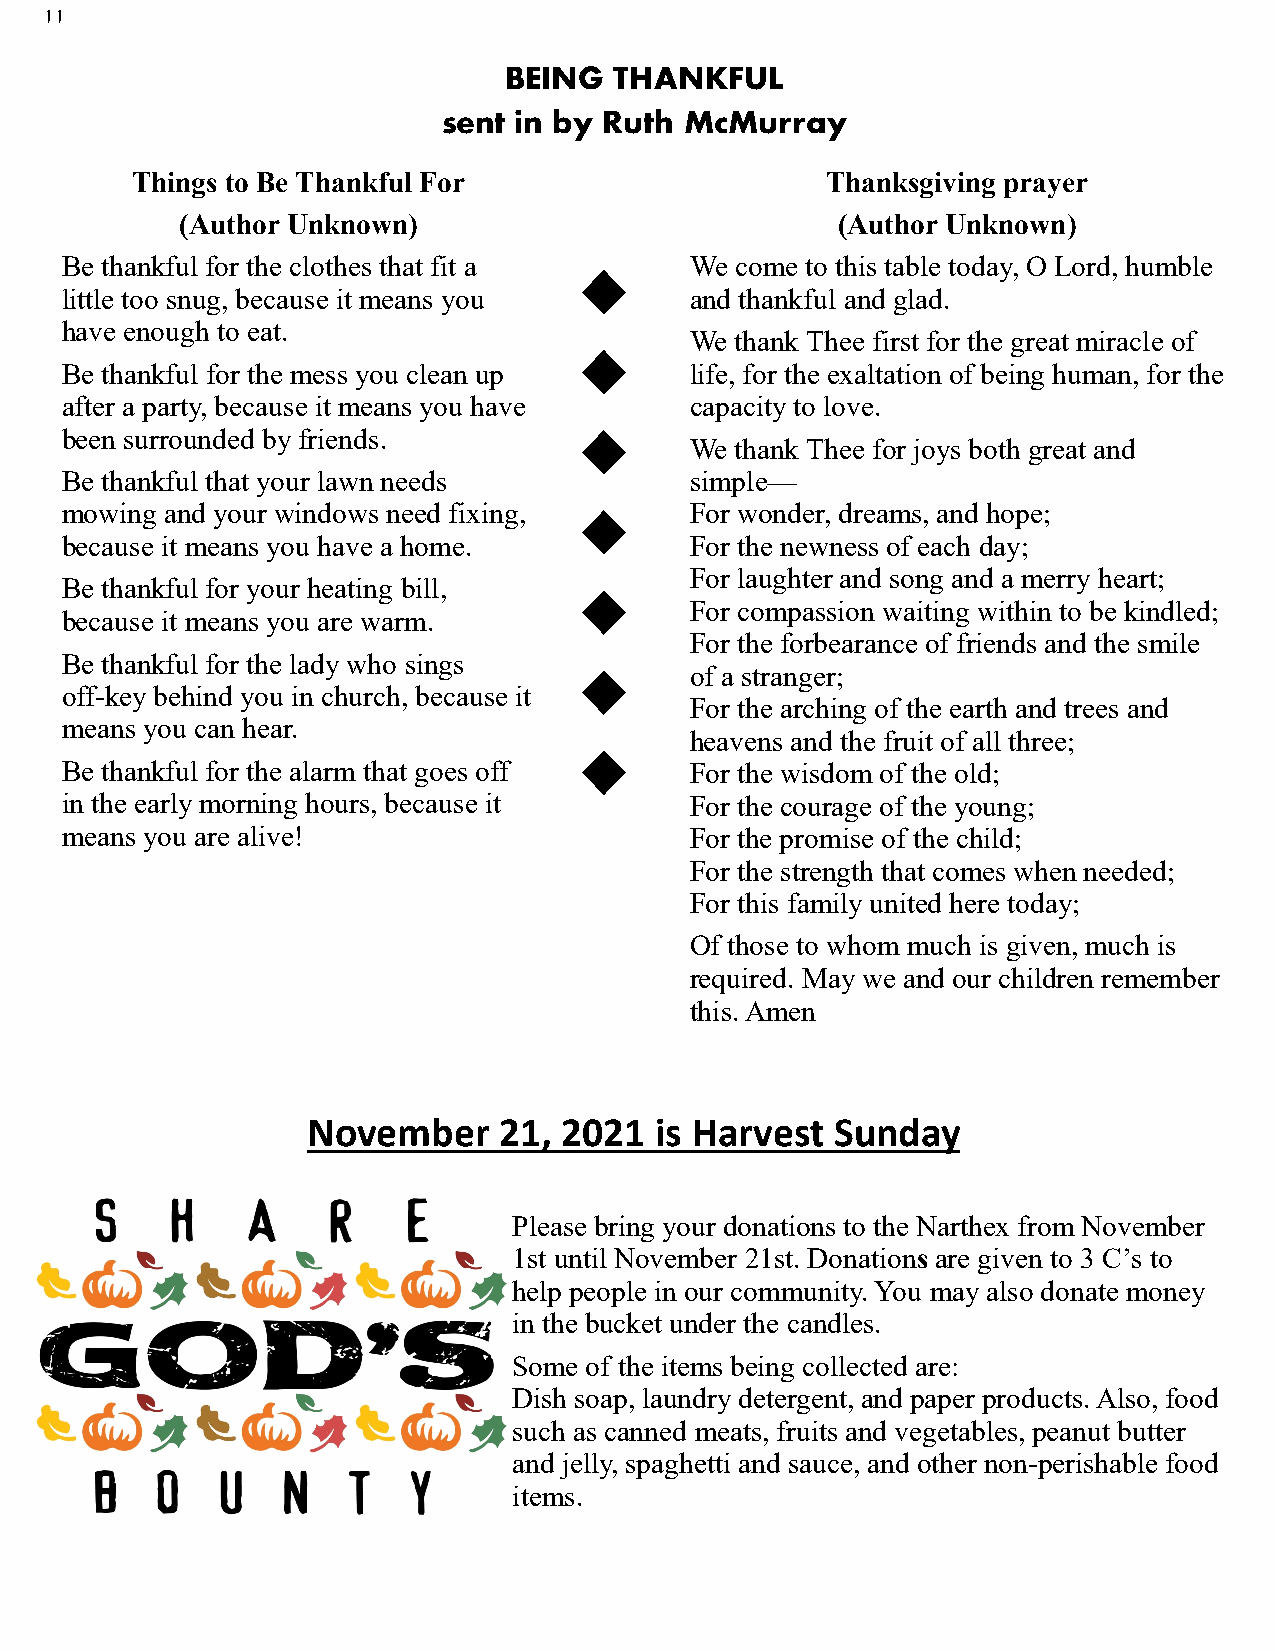
11
 BEING   THANKFUL
 sent in by Ruth McMurray
 Things to Be Thankful For                     Thanksgiving prayer
 (Author Unknown)                           (Author Unknown)
 Be thankful for the clothes that fit a    We come to this table today, O Lord, humble
 little too snug, because it means you     and thankful and glad.
 have enough to eat.
 We thank Thee first for the great miracle of
 Be thankful for the mess you clean up     life, for the exaltation of being human, for the
 after a party, because it means you have  capacity to love.
 been surrounded by friends.
 We thank Thee for joys both great and
 Be thankful that your lawn needs          simple—
 mowing and your windows need fixing,      For wonder, dreams, and hope;
 because it means you have a home.         For the newness of each day;
 For laughter and song and a merry heart;
 Be thankful for your heating bill,
 For compassion waiting within to be kindled;
 because it means you are warm.
 For the forbearance of friends and the smile
 Be thankful for the lady who sings
 of a stranger;
 off-key behind you in church, because it
 For the arching of the earth and trees and
 means you can hear.
 heavens and the fruit of all three;
 Be thankful for the alarm that goes off   For the wisdom of the old;
 in the early morning hours, because it    For the courage of the young;
 means you are alive!                      For the promise of the child;
 For the strength that comes when needed;
 For this family united here today;
 Of those to whom much is given, much is
 required. May we and our children remember
 this. Amen
 November     21, 2021  is Harvest  Sunday
 Please bring your donations to the Narthex from November
 1st until November 21st. Donations are given to 3 C’s to
 help people in our community. You may also donate money
 in the bucket under the candles.
 Some of the items being collected are:
 Dish soap, laundry detergent, and paper products. Also, food
 such as canned meats, fruits and vegetables, peanut butter
 and jelly, spaghetti and sauce, and other non-perishable food
 items.